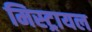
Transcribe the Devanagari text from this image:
मिस्ट्रायल